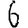
Digit: 6